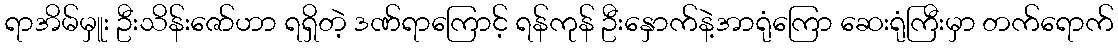
ရာအိမ်မှူး ဦးသိန်းဇော်ဟာ ရရှိတဲ့ ဒဏ်ရာကြောင့် ရန်ကုန် ဦးနှောက်နဲ့အာရုံကြော ဆေးရုံကြီးမှာ တက်ရောက်